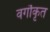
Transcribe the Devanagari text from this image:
वर्गॊकृत